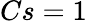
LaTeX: Cs=1